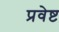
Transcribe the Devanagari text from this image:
प्रवेष्ट